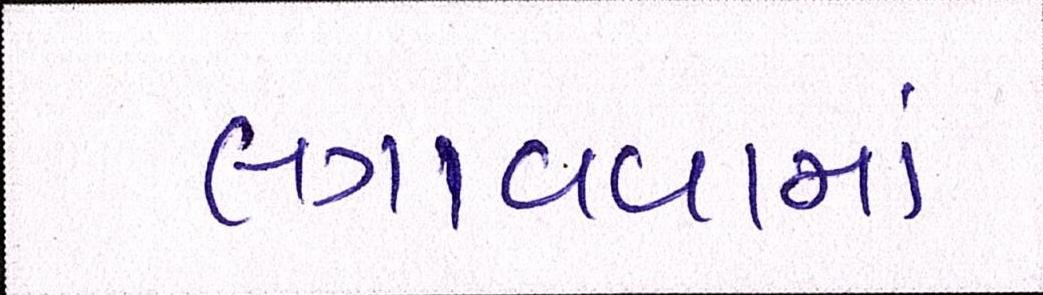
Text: લગાવવામાં